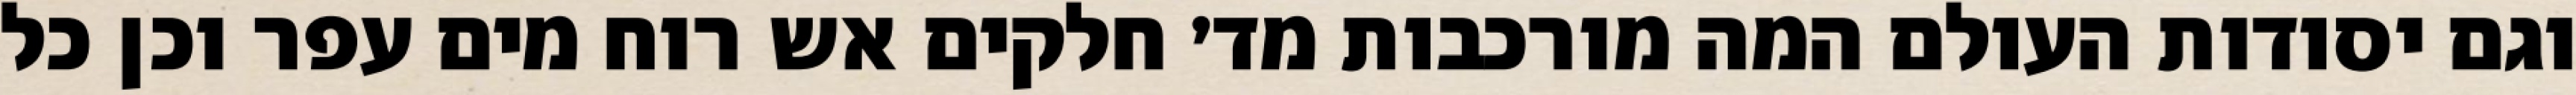
וגם יסודות העולם המה מורכבות מד׳ חלקים אש רוח מים עפר וכן כל